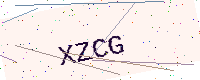
Text: XZCG